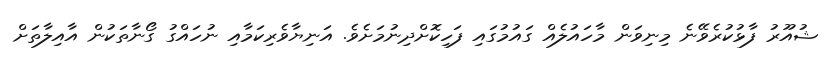
ޝުއޫރު ފާޅުކުރެވޭނެ މިނިވަން މާހައުލެއް ގައުމުގައި ފަހިކޮށްދިނުމަށެވެ. އަނިޔާވެރިކަމާއި ނުހައްގު ގޯނާތަކުން އާއިލާތަށް